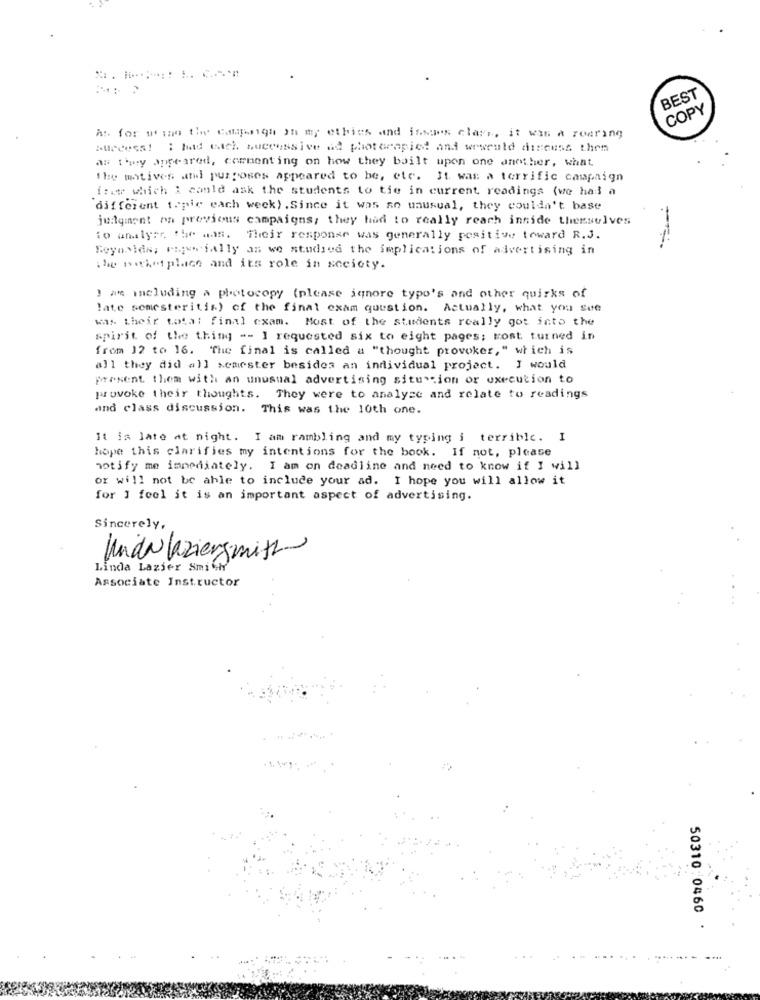
BEST
COPY
As for ut to the campings on my ethics and issues clays, it was a roaring
success! : had watch successive ad photorapicl and wewould discuss them
as they appeared, commenting on how they built upon one another, what
The matives and purposes appeared to be, etc. It was a terrific campaign
itet which i could ask the students to tie in current readings (we had a
different topic each week) . Since it was so unusual, they couldn't base
judgment on previous campaigns; they had to really reach innide themselves
to analyse the ads. Their response was generally positive toward R.J.
Reynolds, cuje ially as we studied the implications of advertising in
the neket place and its role in society.
) an including a photocopy (please ignore typo's and other quirks of
late semesteritis) of the final exam question. Actually, what you see
was their total final exam. Most of the students really got into the
spirit of the thing -- I requested six to eight pages; most turned in
from 12 to 16. The final is called a "thought provoker," which is
all they did all semester besides an individual project. I would
present them with an unusual advertising situation or execution to
provoke their thoughts. They were to analyse and relate to readings
and class discussion. This was the 10th one.
It is late at night. I am rambling and my typing i terrible. I
hope this clarifies my intentions for the book. If not, please
notify me immediately. I am on deadline and need to know if I will
or will not be able to include your ad. I hope you will allow it
for ] feel it is an important aspect of advertising.
Sincerely,
Mida laziergemist
Linda Lazier Smith
Associate Instructor
50310:0460 .